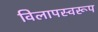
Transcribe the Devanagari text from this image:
विलापस्वरूप